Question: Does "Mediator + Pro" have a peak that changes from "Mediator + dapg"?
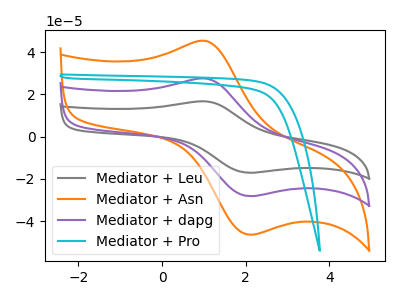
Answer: <think>The gray curve "Mediator + Leu" has an anodic peak at (1.05V, 54.90uA) and a cathodic peak at (2.10V, -56.35uA). The orange curve "Mediator + Asn" has an anodic peak at (1.05V, 45.25uA) and a cathodic peak at (2.10V, -46.40uA). The purple curve "Mediator + dapg" has an anodic peak at (1.05V, 27.45uA) and a cathodic peak at (2.10V, -28.15uA). The cyan curve "Mediator + Pro" has no peaks.
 "Mediator + Pro" and "Mediator + dapg" have a different number of peaks.</think>
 <answer>Yes, "Mediator + Pro" and "Mediator + dapg" are different in shape.</answer>
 <eval>yes_change</eval>